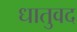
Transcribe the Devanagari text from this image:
धातुवद